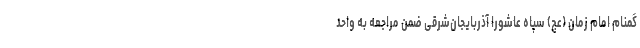
گمنام امام زمان (عج) سپاه عاشورا آذربایجان‌شرقی ضمن مراجعه به واحد